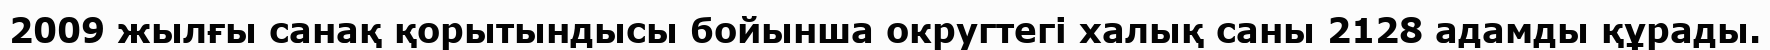
2009 жылғы санақ қорытындысы бойынша округтегі халық саны 2128 адамды құрады.